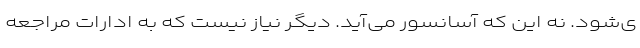
ی‌شود. نه این که آسانسور می‌آید. دیگر نیاز نیست که به ادارات مراجعه